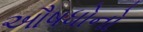
ઔષધોનો